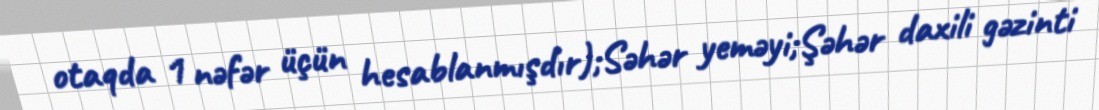
otaqda 1 nəfər üçün hesablanmışdır);Səhər yeməyi;Şəhər daxili gəzinti